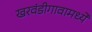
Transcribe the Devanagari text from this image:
खरवंडीगावामध्ये